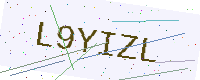
Text: L9YIZL